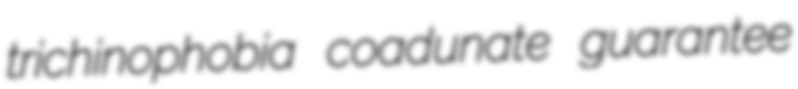
trichinophobia coadunate guarantee